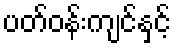
ပတ်ဝန်းကျင်နှင့်